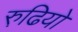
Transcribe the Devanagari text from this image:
रुढि़यो